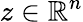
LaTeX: z\in\mathbb{R}^{n}